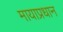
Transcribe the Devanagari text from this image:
मायाप्रधान